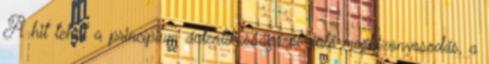
A hit tehát a princípium autentikusságáról való megbizonyosodás, a